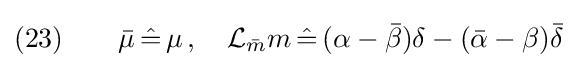
(23)\qquad {\bar {\mu }}\,{\hat {=}}\,\mu \,,\quad {\mathcal {L}}_{\bar {m}}m\,{\hat {=}}\,(\alpha -{\bar {\beta }})\delta -({\bar {\alpha }}-\beta ){\bar {\delta }}